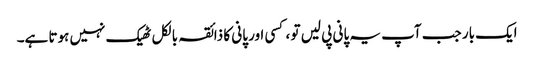
ایک بار جب آپ یہ پانی پی لیں تو ، کسی اور پانی کا ذائقہ بالکل ٹھیک نہیں ہوتا ہے۔